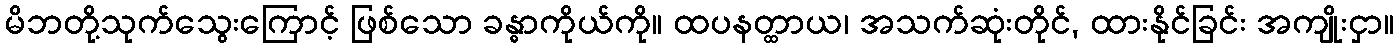
မိဘတို့သုက်သွေးကြောင့် ဖြစ်သော ခန္ဓာကိုယ်ကို။ ထပနတ္ထာယ၊ အသက်ဆုံးတိုင်, ထားနိုင်ခြင်း အကျိုးငှာ။